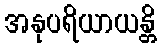
အနုပရိယာယန္တိ